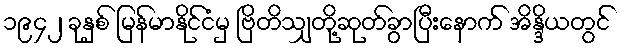
၁၉၄၂ ခုနှစ် မြန်မာနိုင်ငံမှ ဗြိတိသျှတို့ဆုတ်ခွာပြီးနောက် အိန္ဒိယတွင်